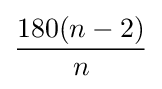
{\frac {180(n-2)}{n}}